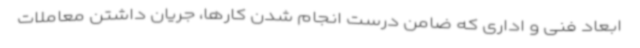
ابعاد فنی و اداری که ضامن درست انجام شدن کارها، جریان داشتن معاملات